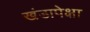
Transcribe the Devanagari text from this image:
खंडापेक्षा